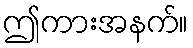
ဤကားအနက်။